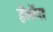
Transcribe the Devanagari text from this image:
हॅलॅना